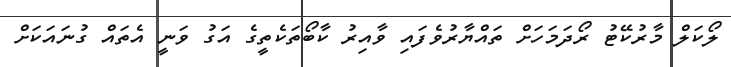
ލޯކަލް މާރުކޭޓު ރޯދަމަހަށް ތައްޔާރުވެފައި ވާއިރު ކާބޯތަކެތީގެ އަގު ވަނީ އެތައް ގުނައަކަށް